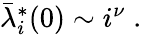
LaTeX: \begin{array}{r}{\bar{\lambda}_{i}^{*}(0)\sim i^{\nu}\; .}\end{array}